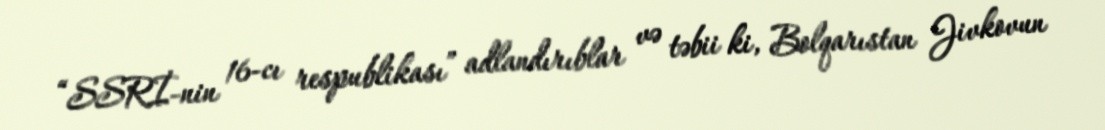
“SSRİ-nin 16-cı respublikası” adlandırıblar və təbii ki, Bolqarıstan Jivkovun